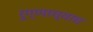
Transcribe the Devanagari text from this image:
रुग्णाच्याच